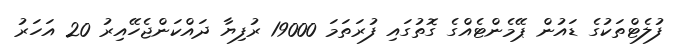
ފުލެޓްތަކުގެ ޑައުން ޕޭމެންޓެއްގެ ގޮތުގައި ފުރަތަމަ 19000 ރުފިޔާ ދައްކަންޖެހޭއިރު 20 އަހަރު